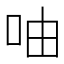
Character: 𠱋